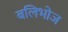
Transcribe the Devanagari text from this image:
बलिभोज